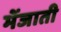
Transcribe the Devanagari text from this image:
मेंजाती